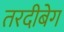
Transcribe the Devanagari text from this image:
तरदीबेग